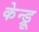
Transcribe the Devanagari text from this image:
केन्ड्रू